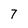
Character: 7